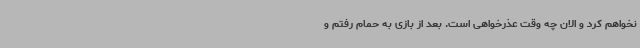
نخواهم کرد و الان چه وقت عذرخواهی است. بعد از بازی به حمام رفتم و